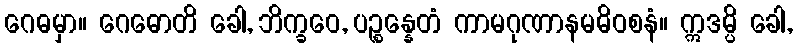
ဂေဓမှာ။ ဂေဓောတိ ခေါ, ဘိက္ခဝေ, ပဉ္စန္နေတံ ကာမဂုဏာနမဓိဝစနံ။ ဣဒမ္ပိ ခေါ,